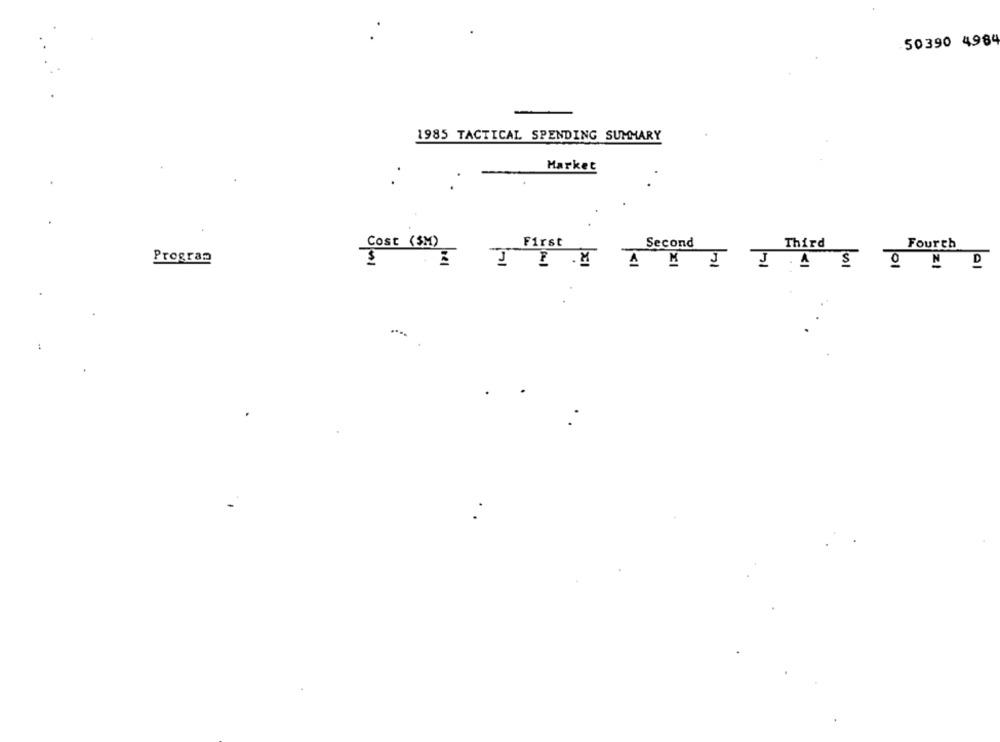
50390 4984
1985 TACTICAL SPENDING SUMMARY
.
Market
.
Cost ($M)
First
Second
Third
Fourth
Program
AMIJASOND